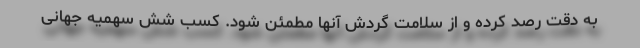
به دقت رصد کرده و از سلامت گردش آنها مطمئن شود. کسب شش سهمیه جهانی